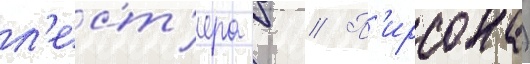
л'ест'ера б // П'ирсона)